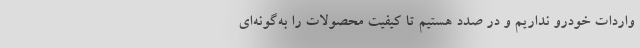
واردات خودرو نداریم و در صدد هستیم تا کیفیت محصولات را به‌گونه‌ای